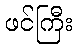
ဖင်ကြီး